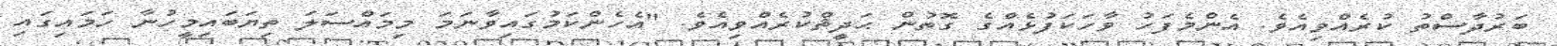
ބަރުދާސްތު ކުރެއްވިއެވެ. އެންމެފަހު ވާހަކަފުޅެއްގެ ގޮތުން ޙަދީޘްކުރެއްވިއެވެ. "އެހެންކަމުގައިވާނަމަ މިމައްސަލަ ތިޔަބައިމީހުނާ ހަމައިގައި